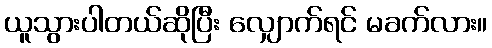
ယူသွားပါတယ်ဆိုပြီး လျှောက်ရင် မခက်လား။